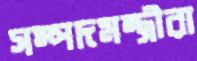
সম্পদমন্ত্রীরা